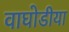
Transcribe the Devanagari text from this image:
वाघोडीया